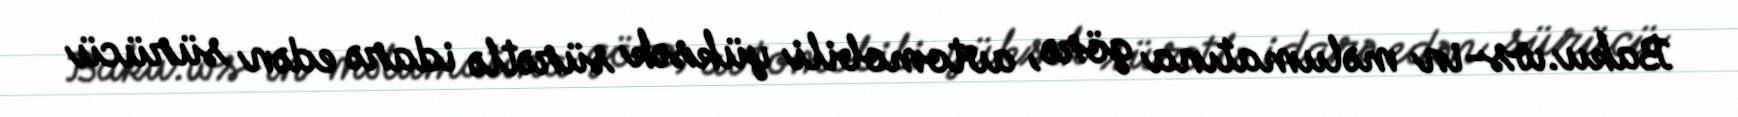
Baku.ws-in məlumatına görə, avtomobili yüksək sürətlə idarə edən sürücü